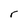
Character: r